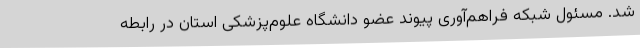
شد. مسئول شبکه فراهم‌آوری پیوند عضو دانشگاه علوم‌پزشکی استان در رابطه